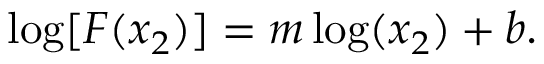
\mathrm { l o g } [ F ( x _ { 2 } ) ] = m \log ( x _ { 2 } ) + b .